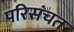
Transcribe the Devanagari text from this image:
परिसंचत